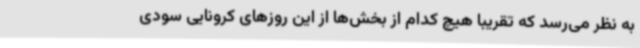
به نظر می‌رسد که تقریبا هیچ کدام از بخش‌ها از این روزهای کرونایی سودی